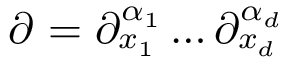
\partial ^ { \aa } = \partial _ { x _ { 1 } } ^ { \alpha _ { 1 } } \ldots \partial _ { x _ { d } } ^ { \alpha _ { d } }